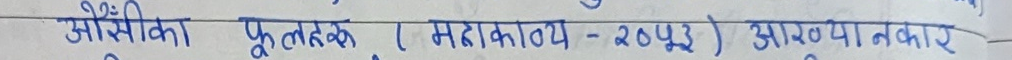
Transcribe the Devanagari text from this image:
ओसिकी फूलदेही (महाकाव्य - २०५३) आरुया नकार